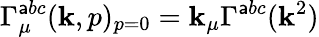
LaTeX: \Gamma_{\mu}^{\mathsf{a}bc}(\mathbf{k},p)_{p=0}=\mathbf{k}_{\mu}\Gamma^{\mathsf{a}bc}(\mathbf{k}^{2})